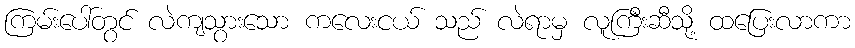
ကြမ်းပေါ်တွင် လဲကျသွားသော ကလေးငယ် သည် လဲရာမှ လူကြီးဆီသို့ ထပြေးလာကာ